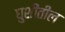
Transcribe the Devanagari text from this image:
घुशींतील